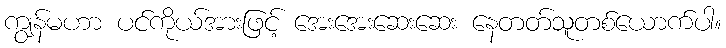
ကျွန်မဟာ ပင်ကိုယ်အားဖြင့် အေးအေးဆေးဆေး နေတတ်သူတစ်ယောက်ပါ။